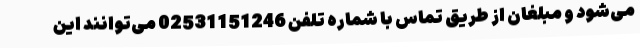
می‌شود و مبلغان از طریق تماس با شماره تلفن 02531151246 می‌توانند این